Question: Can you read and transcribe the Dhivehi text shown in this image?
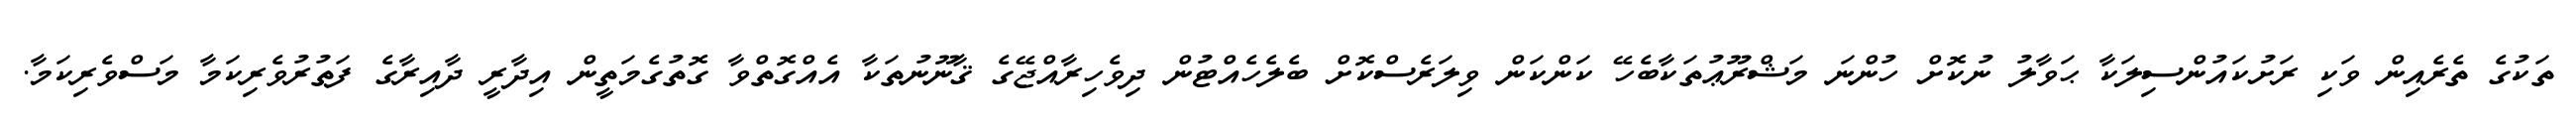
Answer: ތަކުގެ ތެރެއިން ވަކި ރަށުކައުންސިލަކާ ޙަވާލު ނުކޮށް ހުންނަ މަޝްރޫޢުތަކާބެހޭ ކަންކަން ވިލަރެސްކޮށް ބެލެހެއްޓުން ދިވެހިރާއްޖޭގެ ޤާނޫނުތަކާ އެއްގޮތްވާ ގޮތުގެމަތީން އިދާރީ ދާއިރާގެ ފަތުރުވެރިކަމާ މަސްވެރިކަމާ.